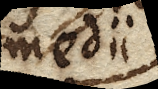
medii